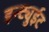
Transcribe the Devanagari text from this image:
इन्ट्युईट